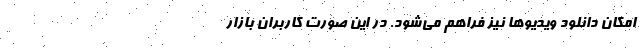
امکان دانلود ویدیوها نیز فراهم می‌شود. در این صورت کاربران بازار